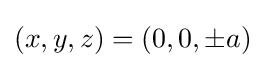
(x,y,z)=(0,0,\pm a)